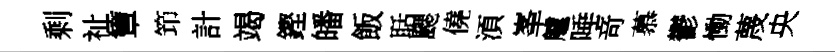
剩祉簟笻計竭鏗皤飯聒颸僥湏峯艫唾竒慕鬱慟蔑央